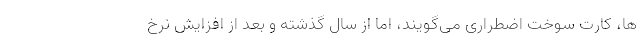
ها، کارت سوخت اضطراری می‌گویند، اما از سال گذشته و بعد از افزایش نرخ